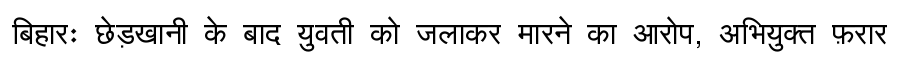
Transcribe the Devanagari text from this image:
बिहारः छेड़खानी के बाद युवती को जलाकर मारने का आरोप, अभियुक्त फ़रार